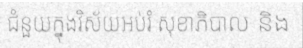
ជំនួយក្នុងវិស័យអប់រំ សុខាភិបាល និង